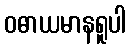
ဝဓာယမာနရူပါ